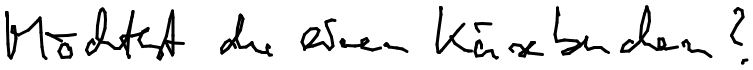
Möchtest du einen Käsekuchen?